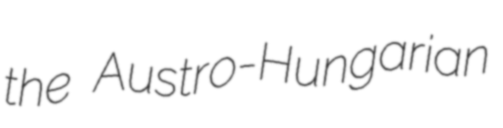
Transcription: the Austro-Hungarian